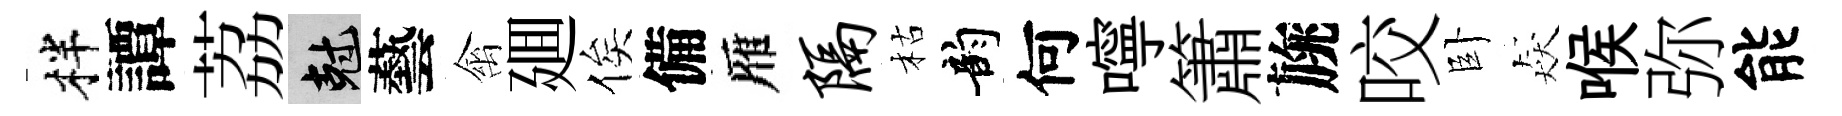
柈譚荔剋藝禽廽俟備雁隔枯韵何嚀簫旐咬卧猋喉弥能